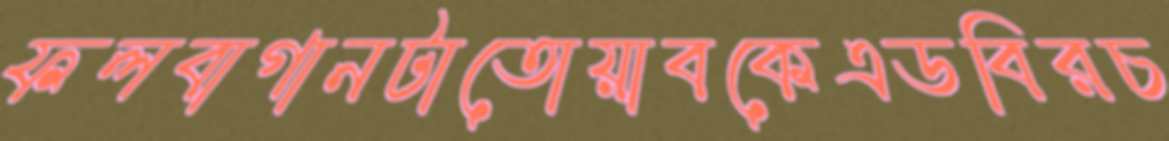
ফলবাগানটাতোয়াবকেএডবিরচ